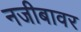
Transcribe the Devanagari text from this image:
नजीबावर